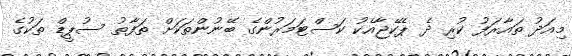
މިއަދު ތައާރަފު ކުރި ދެ ޕެކޭޖާއެކު ކަސްޓަމަރުންގެ ބޭނުންތަކަށް ތަފާތު ސުޕީޑް ތަކުގެ